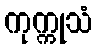
ကုက္ကုသံ